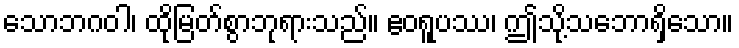
သောဘဂဝါ၊ ထိုမြတ်စွာဘုရားသည်။ ဧဝရူပဿ၊ ဤသို့သဘောရှိသော။